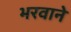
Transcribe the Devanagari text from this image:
भरवाने